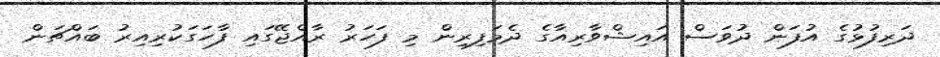
ދަރިފުޅުގެ އުފަން ދުވަސް އައިޝްވާރިއާގެ ދެމަފިރިން މި ފަހަރު ރާއްޖޭގައި ފާހަގަކުރިއިރު ބައްޗަން